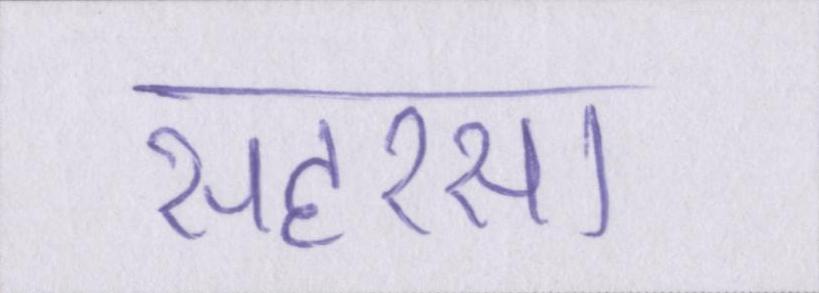
सहरसा